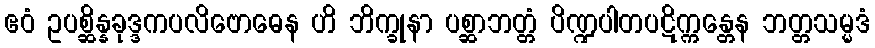
ဧဝံ ဥပစ္ဆိန္နခုဒ္ဒကပလိဗောဓေန ဟိ ဘိက္ခုနာ ပစ္ဆာဘတ္တံ ပိဏ္ဍပါတပဋိက္ကန္တေန ဘတ္တသမ္မဒံ